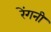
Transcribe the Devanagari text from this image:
रेंगनी